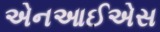
એનઆઈએસ